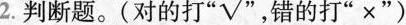
2.判断题。(对的打“ \surd ”错的打”×”)